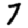
Digit: 7